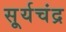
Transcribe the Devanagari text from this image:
सू्र्यचंद्र